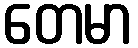
တေမာ